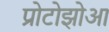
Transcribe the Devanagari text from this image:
प्रोटोझोआ